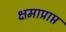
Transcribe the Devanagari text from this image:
क्षमाप्राप्त